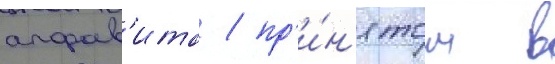
алфав'ита / пр'и́н'ятом в